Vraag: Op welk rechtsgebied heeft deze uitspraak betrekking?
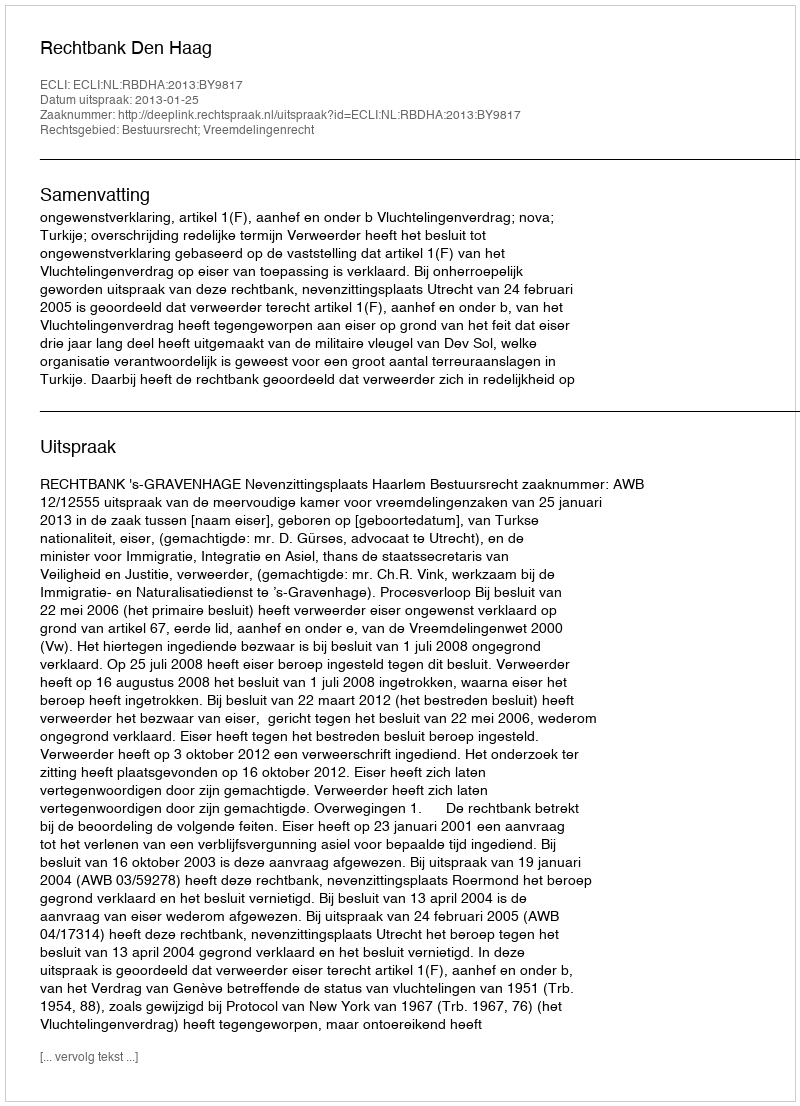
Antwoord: Bestuursrecht; Vreemdelingenrecht